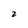
Character: 2